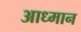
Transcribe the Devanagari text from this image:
आध्मान